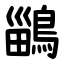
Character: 鶅